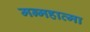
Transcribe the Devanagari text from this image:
मन्महात्मा